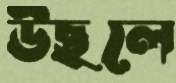
উছলে